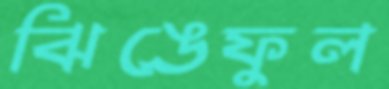
ঝিঙেফুল